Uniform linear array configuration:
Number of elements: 8
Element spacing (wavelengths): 0.25
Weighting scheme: uniform
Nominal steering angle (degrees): -15
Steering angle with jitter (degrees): -16.081
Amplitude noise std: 0.05
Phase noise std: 0.05

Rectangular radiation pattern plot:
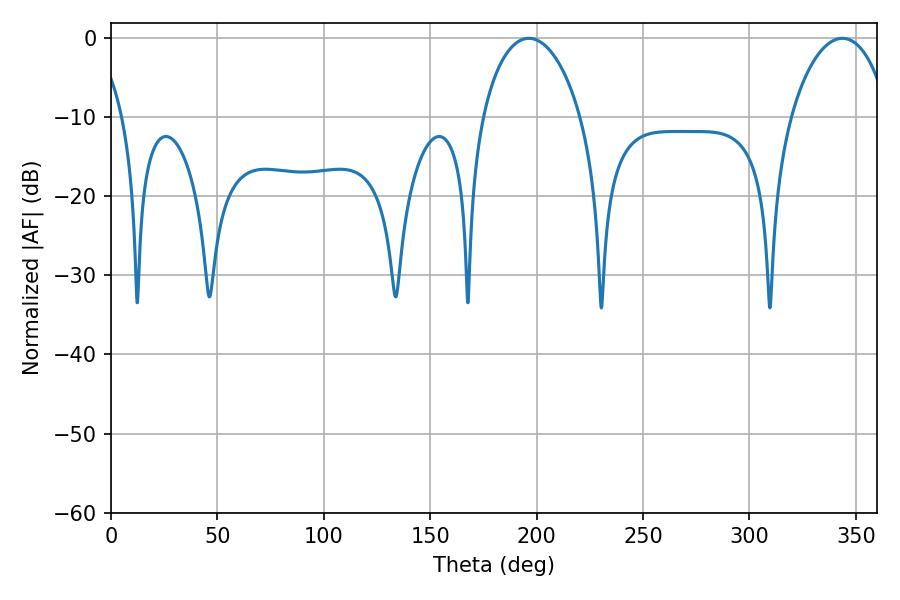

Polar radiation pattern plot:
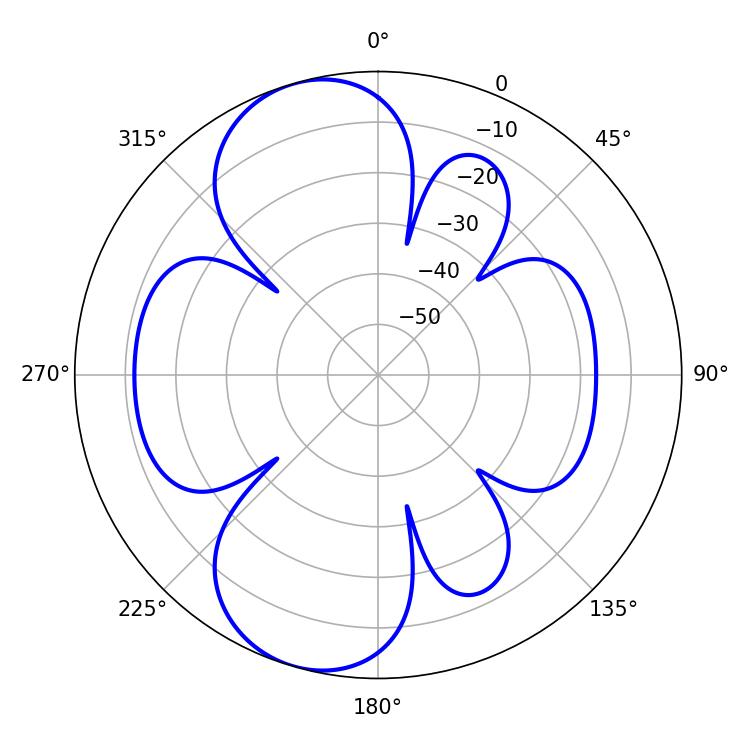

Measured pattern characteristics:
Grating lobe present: FALSE
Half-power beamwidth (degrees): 26.46
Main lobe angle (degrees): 196.38